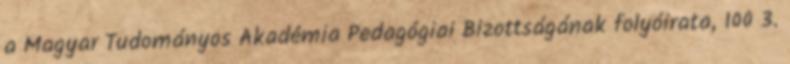
a Magyar Tudományos Akadémia Pedagógiai Bizottságának folyóirata, 100 3.